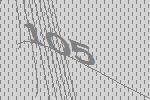
105